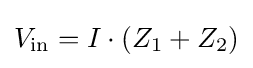
V_{\mathrm {in} }=I\cdot (Z_{1}+Z_{2})